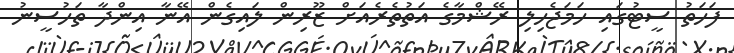
ފަހަތު ސީޓުގައި ހަމަޖެހިލި ރޭޝްމާގެ އަތުތެރެއަށް ޒޫރިން ލައިގެން އޭނާ އިންދާ ތަހުސީނު